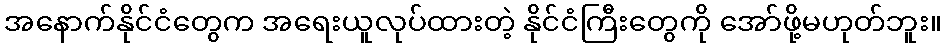
အနောက်နိုင်ငံတွေက အရေးယူလုပ်ထားတဲ့ နိုင်ငံကြီးတွေကို အော်ဖို့မဟုတ်ဘူး။